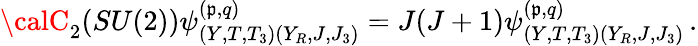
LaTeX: {\calC}_{2}(SU(2))\psi_{(Y,T,T_{3})(Y_{R},J,J_{3})}^{(\mathfrak{p},q)}=J(J+1)\psi_{(Y,T,T_{3})(Y_{R},J,J_{3})}^{(\mathfrak{p},q)}\, .